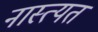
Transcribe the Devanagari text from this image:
नास्त्यत